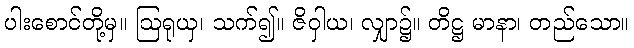
ပါးစောင်တို့မှ။ ဩရုယှ၊ သက်၍။ ဇိဝှါယ၊ လျှာ၌။ တိဋ္ဌ မာနာ၊ တည်သော။